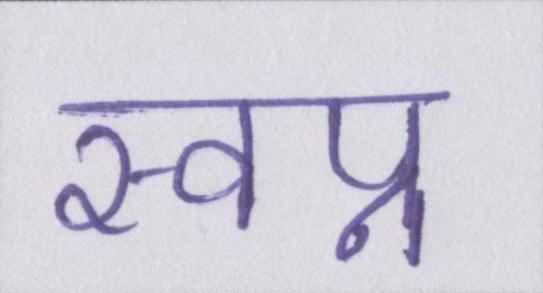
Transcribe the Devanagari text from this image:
स्वप्न